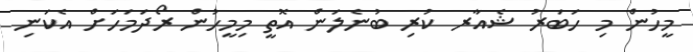
މީހުން މި ހަބަރު ޝެއާރ ކުރި ބުނެލަން އޮތީ މިމީހުން ރޯދަމަހަށް އެކަނި